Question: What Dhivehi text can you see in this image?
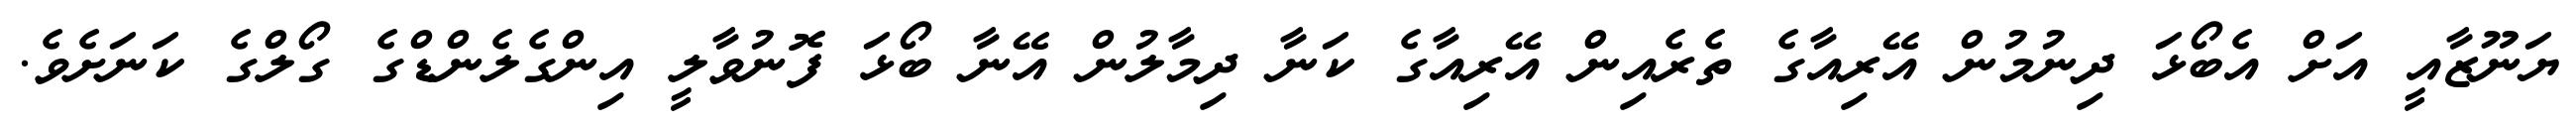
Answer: ޔަނޫޒާއީ އަށް އެބޯޅަ ދިނުމުން އޭރިއާގެ ތެރެއިން އޭރިއާގެ ކަނާ ދިމާލުން އޭނާ ބޯޅަ ފޮނުވާލީ އިންގެލެންޑްގެ ގޯލްގެ ކަނަށެވެ.